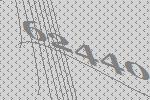
62440